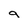
Character: 9